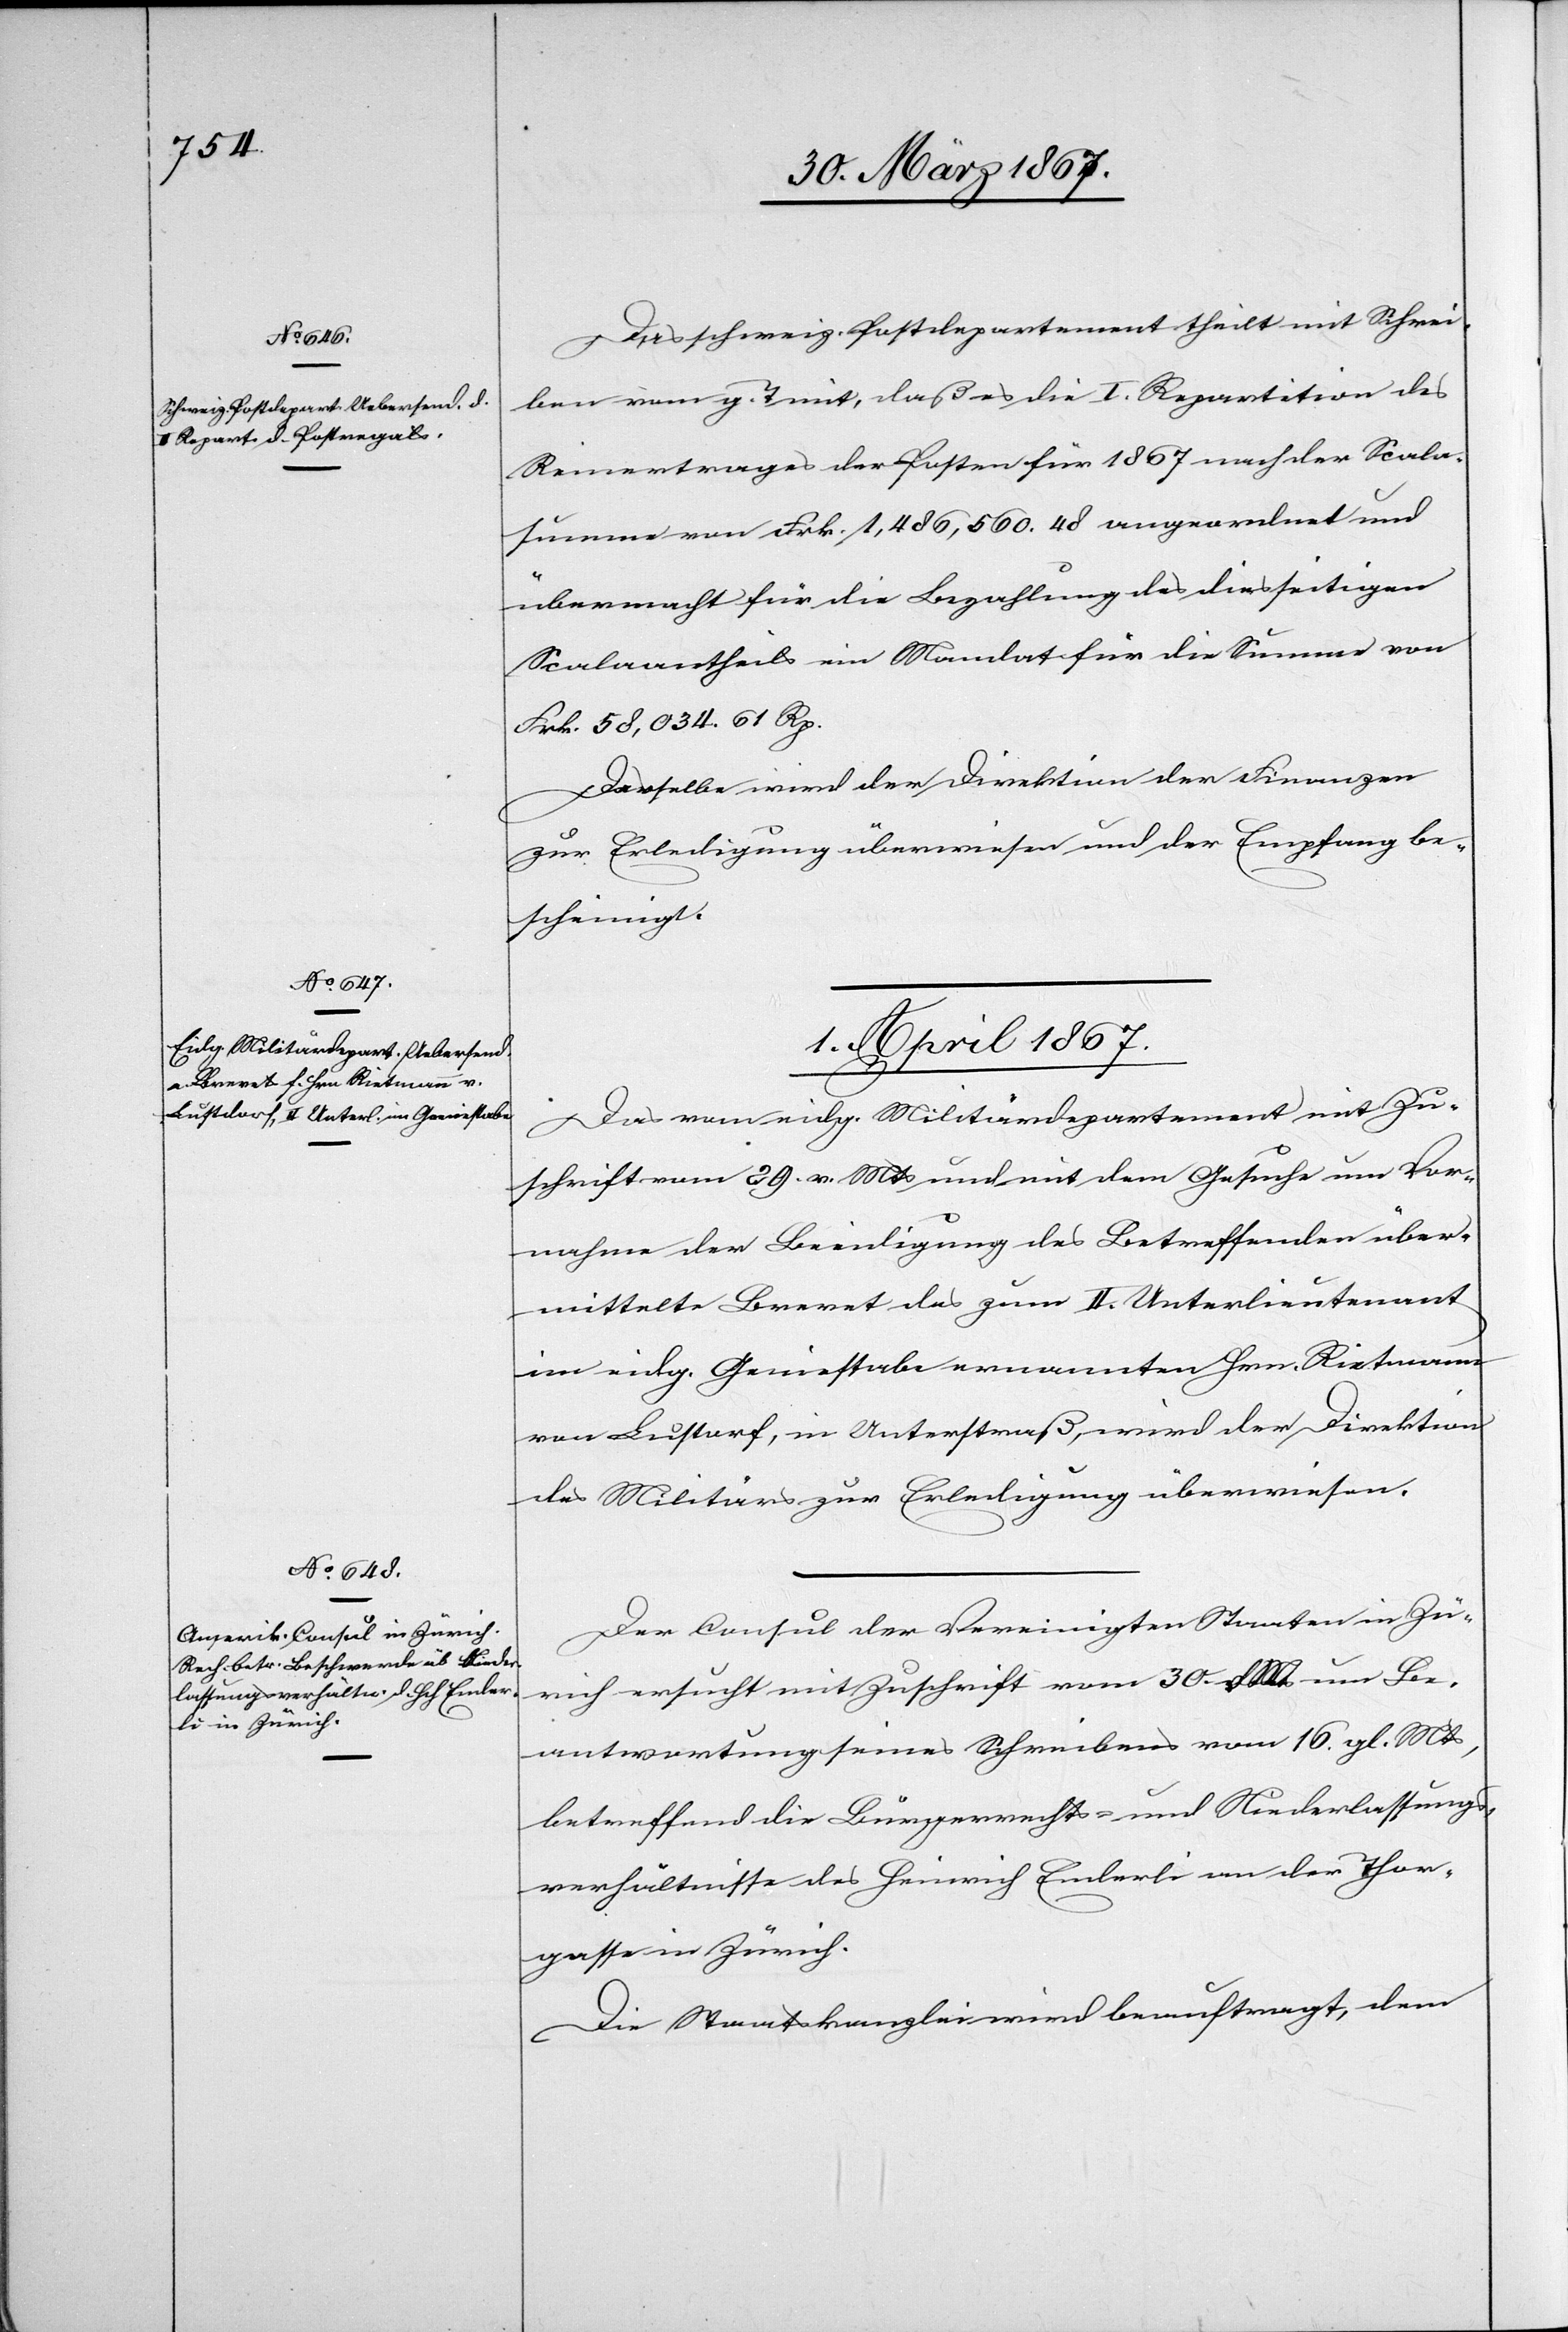
Das schweiz. Postdepartement theilt mit Schrei¬
ben vom g. T. mit, daß es die I. Repartition des
Reinertrages der Posten für 1867 nach der Scala¬
summe von Frk. 1,486,560.48 angeordnet und
übermacht für die Bezahlung des diesseitigen
Scalaantheils ein Mandat für die Summe von
Frk. 58,034. 61 Rp.
Dasselbe wird der Direktion der Finanzen
zur Erledigung überwiesen und der Empfang be¬
scheinigt.
1. April 1867.]
Das vom eidg. Militärdepartement mit Zu¬
schrift vom 29. v. Mts und mit dem Gesuche um Vor¬
nahme der Beendigung des Betreffenden über¬
mittelte Brevet des zum II. Unterlieutenant
im eidg. Geniestab ernannten Hrn. Rietmann
von Lustorf, in Unterstraß, wird der Direktion
des Militärs zur Erledigung überwiesen.
Der Consul der Vereinigten Staaten in Zü¬
rich ersucht mit Zuschrift vom 30. d. Mts um Be¬
antwortung seines Schreibens vom 16. gl. Mts,
betreffend die Bürgerrechts- und Niederlassungs¬
verhältnisse des Heinrich Enderli an der Thor¬
gasse in Zürich.
Die Staatskanzlei wird beauftragt, dem